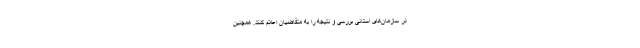
در سازمان‌های استانی بررسی و نتیجه را به متقاضیان اعلام کنند. همچنین